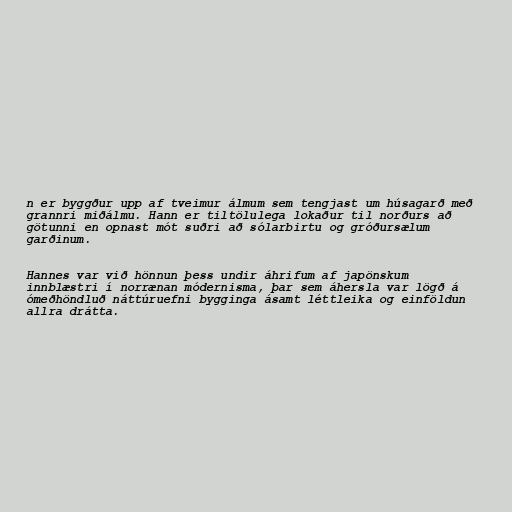
n er byggður upp af tveimur álmum sem tengjast um húsagarð með
grannri miðálmu. Hann er tiltölulega lokaður til norðurs að
götunni en opnast mót suðri að sólarbirtu og gróðursælum
garðinum.

Hannes var við hönnun þess undir áhrifum af japönskum
innblæstri í norrænan módernisma, þar sem áhersla var lögð á
ómeðhöndluð náttúruefni bygginga ásamt léttleika og einföldun
allra drátta.